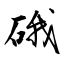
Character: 硪